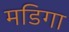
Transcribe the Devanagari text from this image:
मडिगा